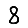
Digit: 8